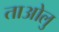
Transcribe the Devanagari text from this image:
ताओलु